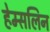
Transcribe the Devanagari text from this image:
हेम्सलिन